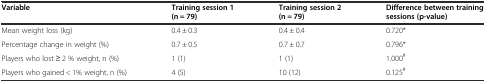
<table><thead><tr><td><b>Variable</b></td><td><b>Training session 1 (n = 79)</b></td><td><b>Training session 2 (n = 79)</b></td><td><b>Difference between training sessions (p-value)</b></td></tr></thead><tbody><tr><td>Mean weight loss (kg)</td><td>0.4 ± 0.3</td><td>0.4 ± 0.4</td><td>0.720*</td></tr><tr><td>Percentage change in weight (%)</td><td>0.7 ± 0.5</td><td>0.7 ± 0.7</td><td>0.796*</td></tr><tr><td>Players who lost ≥ 2 % weight, n (%)</td><td>1 (1)</td><td>1 (1)</td><td>1.000<sup>#</sup></td></tr><tr><td>Players who gained &lt; 1% weight, n (%)</td><td>4 (5)</td><td>10 (12)</td><td>0.125<sup>#</sup></td></tr></tbody></table>